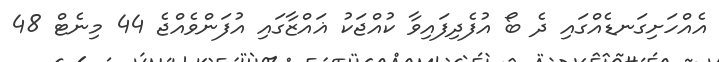
އެއްހަށިގަނޑެއްގައި ދެ ބޯ އުފެދިފައިވާ ކުއްޖަކު ޣައްޒާގައި އުފަންވެއްޖެ 44 މިނެޓް 48